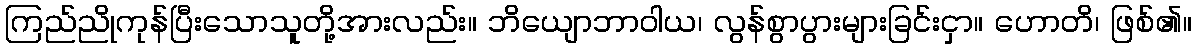
ကြည်ညိုကုန်ပြီးသောသူတို့အားလည်း။ ဘိယျောဘာဝါယ၊ လွန်စွာပွားများခြင်းငှာ။ ဟောတိ၊ ဖြစ်၏။